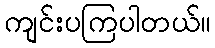
ကျင်းပကြပါတယ်။